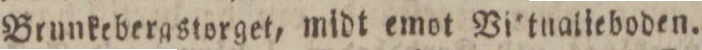
Brunkebergstorget, midt emot Vi tnalieboden.